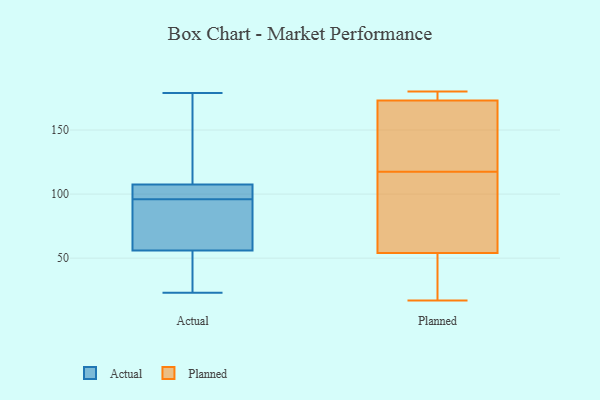
{"axis": {"x": "Market Share (%)", "y": "Value"}, "legend": ["Actual", "Planned"], "data": [{"x": "", "y": 175, "type": "Actual"}, {"x": "", "y": 41, "type": "Actual"}, {"x": "", "y": 33, "type": "Actual"}, {"x": "", "y": 108, "type": "Actual"}, {"x": "", "y": 95, "type": "Actual"}, {"x": "", "y": 104, "type": "Actual"}, {"x": "", "y": 107, "type": "Actual"}, {"x": "", "y": 86, "type": "Actual"}, {"x": "", "y": 71, "type": "Actual"}, {"x": "", "y": 23, "type": "Actual"}, {"x": "", "y": 179, "type": "Actual"}, {"x": "", "y": 97, "type": "Actual"}, {"x": "", "y": 175, "type": "Planned"}, {"x": "", "y": 54, "type": "Planned"}, {"x": "", "y": 126, "type": "Planned"}, {"x": "", "y": 173, "type": "Planned"}, {"x": "", "y": 147, "type": "Planned"}, {"x": "", "y": 180, "type": "Planned"}, {"x": "", "y": 109, "type": "Planned"}, {"x": "", "y": 41, "type": "Planned"}, {"x": "", "y": 17, "type": "Planned"}, {"x": "", "y": 86, "type": "Planned"}]}